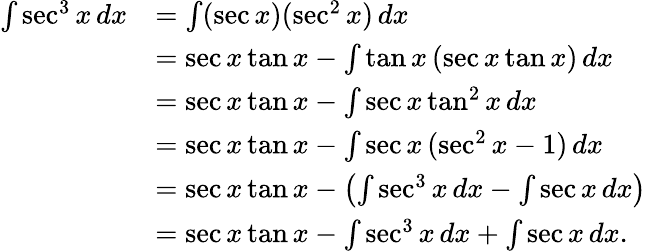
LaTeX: {\begin{array}{rl}{\int\sec^{3}x\, dx}&{=\int(\sec x)(\sec^{2}x)\, dx}\\ &{=\sec x\tan x-\int\tan x\, (\sec x\tan x)\, dx}\\ &{=\sec x\tan x-\int\sec x\tan^{2}x\, dx}\\ &{=\sec x\tan x-\int\sec x\, (\sec^{2}x-1)\, dx}\\ &{=\sec x\tan x-\left(\int\sec^{3}x\, dx-\int\sec x\, dx\right)}\\ &{=\sec x\tan x-\int\sec^{3}x\, dx+\int\sec x\, dx.}\end{array}}